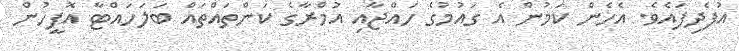
އުފެދިފައެވެ. އެހެން ކަމުން އެ ގައުމުގެ ހައްޖާއި އުމްރާގެ ކަންތައްތައް ބަލަހައްޓާ އޮފީހުން